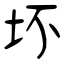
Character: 坏